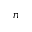
n